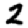
Digit: 2